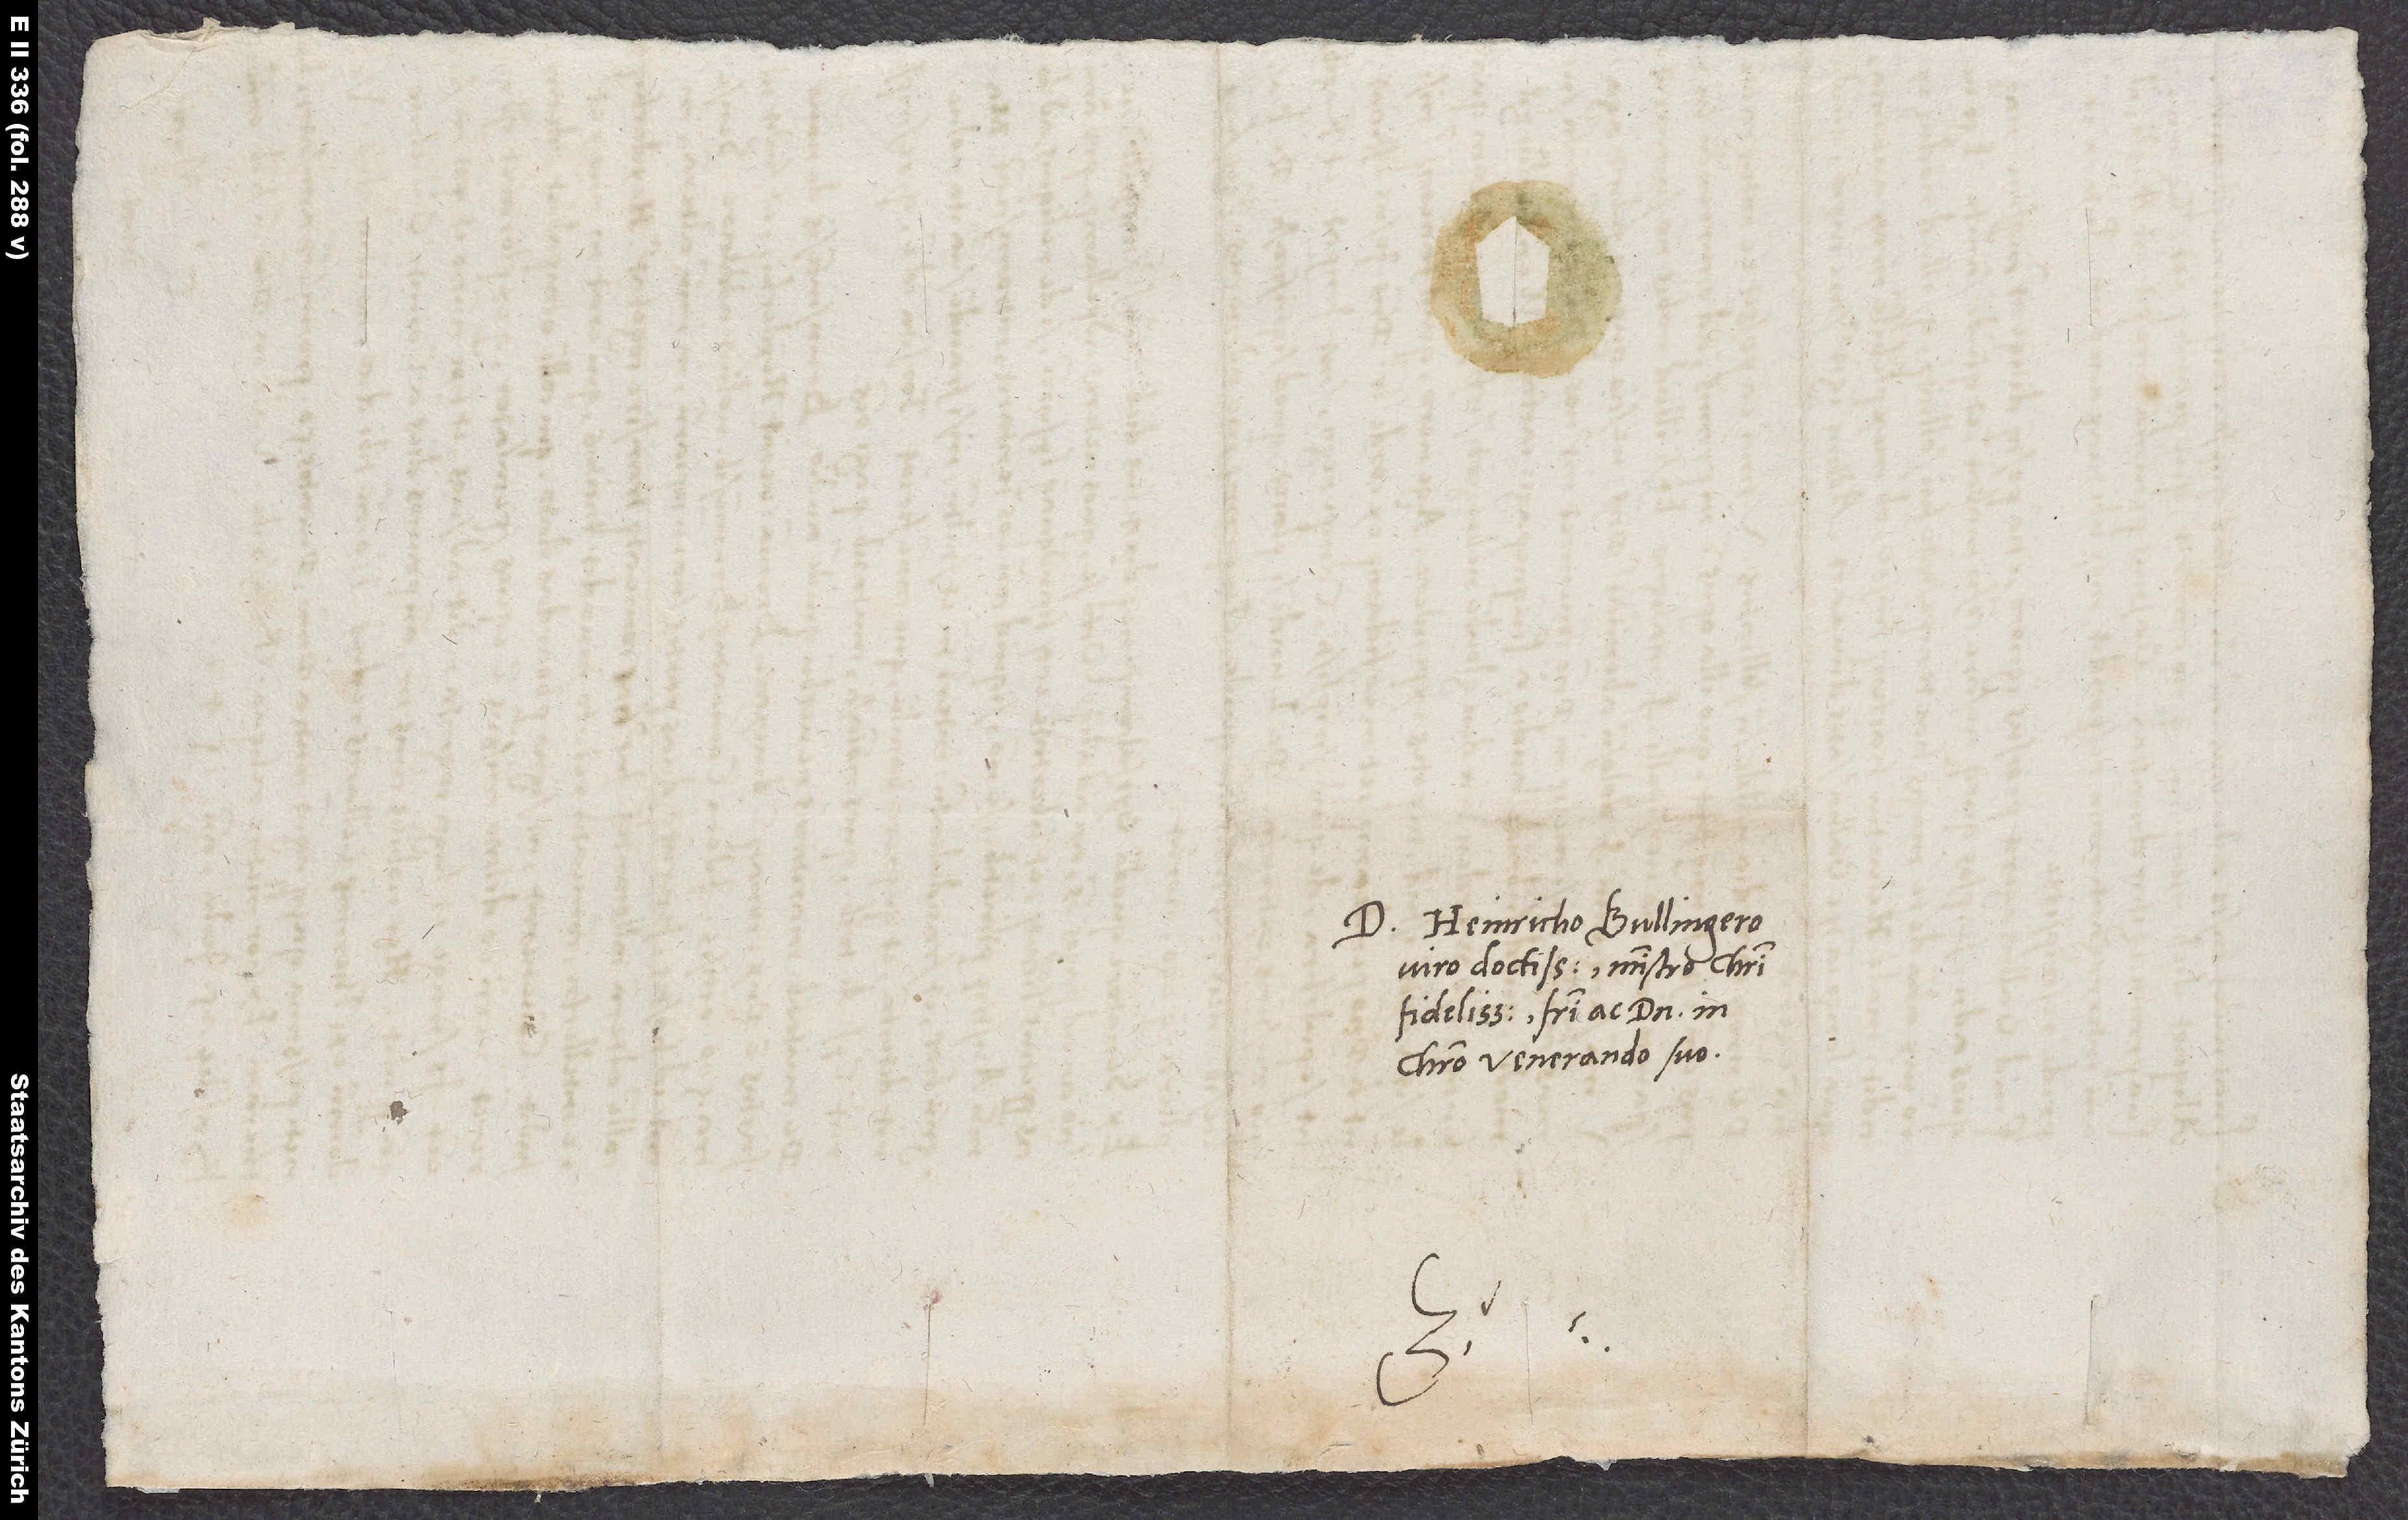
S.

D. Heinricho Bullingero,
viro doctissimo, ministro Christi
fidelissimo, fratri ac domino in
Christo venerando suo.